Papers set at the Examination for Leaving Certificates, 1891
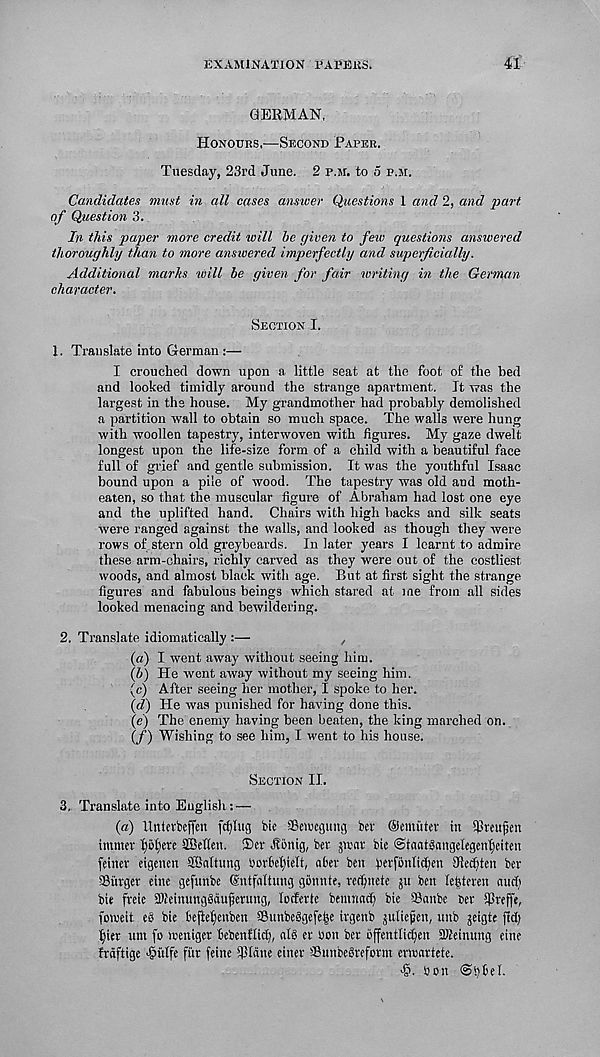
EXAMINATION PAPEUS.
41
GERMAN,
Honours,—Second Paper.
Tuesday, 23rd June. 2 p.m. to o p.m.
Candidates must in all cases answer Questions 1 and 2, and part
of Question 3.
In this paper more credit will be given to feiv questions answered
thoroughly than to more answered imperfectly and superficially.
Additional marks will be given for fair writing in the German
character.
Section I.
1. Translate into German:—
I crouched down upon a little seat at the foot of the bed
and looked timidly around the strange apartment. It was the
largest in the house. My grandmother had probably demolished
a partition wall to obtain so much space. The walls were hung
with woollen tapestry, interwoven with figures. My gaze dwelt
longest upon the life-size form of a child with a beautiful face
full of grief and gentle submission. It was the youthful Isaac
bound upon a pile of wood. The tapestry was old and moth-
eaten, so that the muscular figure of Abraham had lost one eye
and the uplifted hand. Chairs with high backs and silk seats
were ranged against the walls, and looked as though they were
rows of stern old greybeards. In later years I learnt to admire
these arm-chairs, richly carved as they were out of the costliest
woods, and almost black with age. But at first sight the strange
figures and fabulous beings which stared at me from all sides
looked menacing and bewildering.
2. Translate idiomatically :—
,
(a) I went away without seeing him.
(b) He went away without my seeing him.
(c) After seeing her mother, I spoke to her.
(d') He was punished for having done this.
(e) The enemy having been beaten, the king marched on.
(/) Wishing to see him, I went to his house.
Section II.
3, Translate into English: —
(a) llnterbejfen fcfjug bie SBenjcgung bet ©emitter in 3>teujjen
immet f)M;ete SBeflen. $er Itenig, bet jitat bie ©taatsangelegenfjeiten
feinet eigenen SSMtung borMyelt, abet ben petfenlidjen 9ied)ten bet
Target einc gefunbe ©ntfaltung gonnte, tedptete jit ben lefeteren and)
bie ftele SKeinunggaufjerung, locfette bemnad) bie Tanbe ier SPreffe,
foweit e8 bie beftefjenben Snnbeggefe^e irgenb juliefen, unb jeigte fid)
fyier tun fo wenigct bebenflid), al§ et bon bet bffentlidjen SKeinung eine
ftdftige ^itlfe fitt feine 5PIdne einer SunbeStefotm erwartete.
■ §. bon @i)6el.